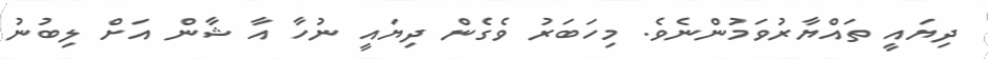
ދިޔައީ ތައްޔާރުވަމުންނެވެ. މިހަބަރު ވެގެން ދިޔައީ ނުހާ އާ ޝާން އަށް ލިބުނު